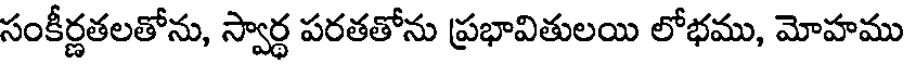
సంకీర్ణతలతోను, స్వార్థ పరతతోను ప్రభావితులయి లోభము, మోహము